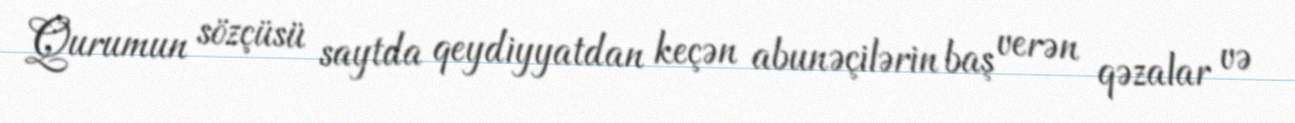
Qurumun sözçüsü saytda qeydiyyatdan keçən abunəçilərin baş verən qəzalar və